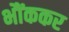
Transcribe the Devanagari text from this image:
भौंककर